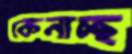
কেনাচ্ছ